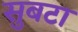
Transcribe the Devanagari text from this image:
सुबटा